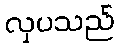
လှပသည်